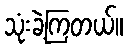
သုံးခဲ့ကြတယ်။